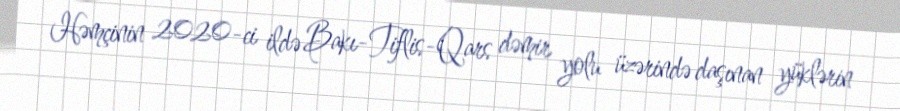
Həmçinin 2020-ci ildə Bakı-Tiflis-Qars dəmir yolu üzərində daşınan yüklərin